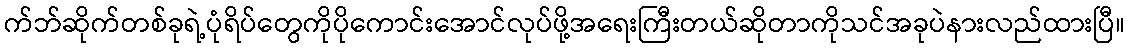
က်ဘ်ဆိုက်တစ်ခုရဲ့ပုံရိပ်တွေကိုပိုကောင်းအောင်လုပ်ဖို့အရေးကြီးတယ်ဆိုတာကိုသင်အခုပဲနားလည်ထားပြီ။